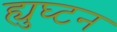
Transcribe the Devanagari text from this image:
ह्युघ्टन